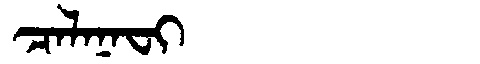
Manchu: ᠴᠠᠯᠠᠨᠠᠸᡳ
Romanization: CALANAFI